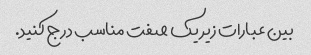
بین عبارات زیر یک صفت مناسب درج کنید.